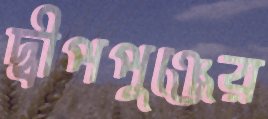
দ্বীপপুঞ্জের